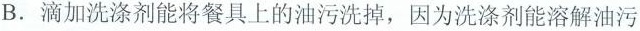
B.滴加洗涤剂能将餐具上的油污洗掉，因为洗涤剂能溶解油污